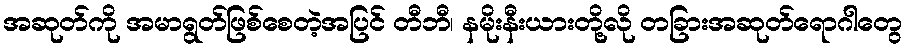
အဆုတ်ကို အမာရွတ်ဖြစ်စေတဲ့အပြင် တီဘီ၊ နမိုးနီးယားတို့လို တခြားအဆုတ်ရောဂါတွေ